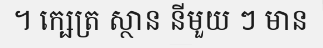
។ ក្ឞេត្រ ស្ថាន នីមួយ ៗ មាន